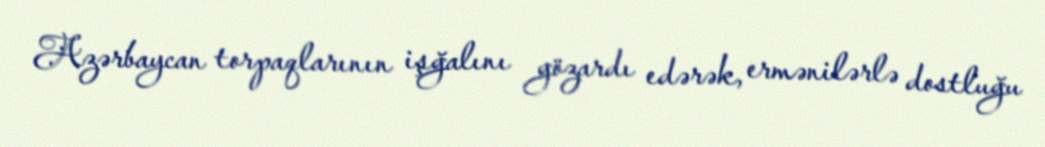
Azərbaycan torpaqlarının işğalını gözardı edərək, ermənilərlə dostluğu